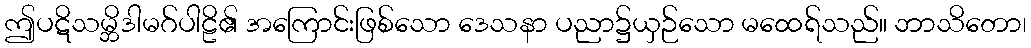
ဤပဋိသမ္ဘိဒါမဂ်ပါဠိ၏ အကြောင်းဖြစ်သော ဒေသနာ ပညာ၌ယှဉ်သော မထေရ်သည်။ ဘာသိတော၊